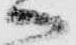
へ